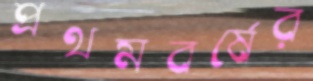
প্রথমবর্ষের